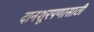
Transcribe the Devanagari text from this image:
दानशूरपणासाठी